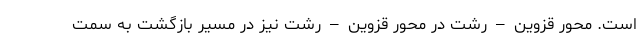
است. محور قزوین – رشت در محور قزوین – رشت نیز در مسیر بازگشت به سمت